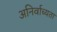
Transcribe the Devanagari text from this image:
अनिर्वाच्यता